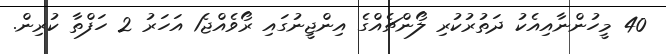
40 މީހުންނާއިއެކު ދަތުރުކުރި ލޯންޗެއްގެ އިންޖީނުގައި ރޯވެއްޖެ1 އަހަރު 2 ހަފްތާ ކުރިން.